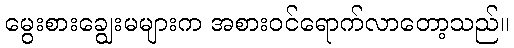
မွေးစားချွေးမများက အစားဝင်ရောက်လာတော့သည်။